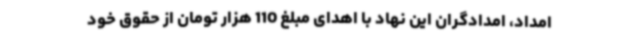
امداد، امدادگران این نهاد با اهدای مبلغ 110 هزار تومان از حقوق خود